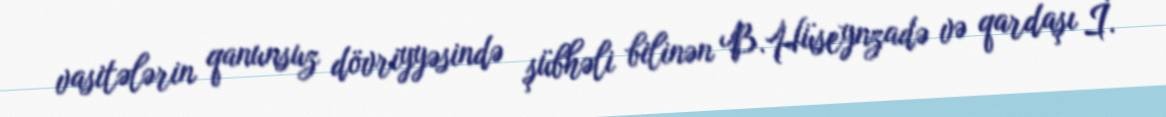
vasitələrin qanunsuz dövriyyəsində şübhəli bilinən B.Hüseynzadə və qardaşı İ.